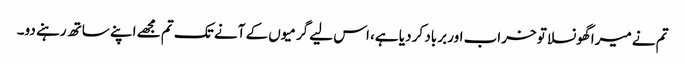
تم نے میرا گھونسلا تو خراب اور برباد کر دیا ہے، اس لیے گرمیوں کے آنے تک تم مجھے اپنے ساتھ رہنے دو۔